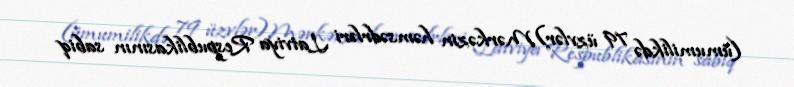
(ümumilikdə 79 üzvlər)Mərkəzin həmsədrləri Latviya Respublikasının sabiq